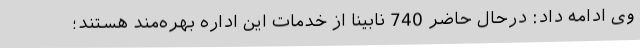
وی ادامه داد: درحال حاضر 740 نابینا از خدمات این اداره بهره‌مند هستند؛